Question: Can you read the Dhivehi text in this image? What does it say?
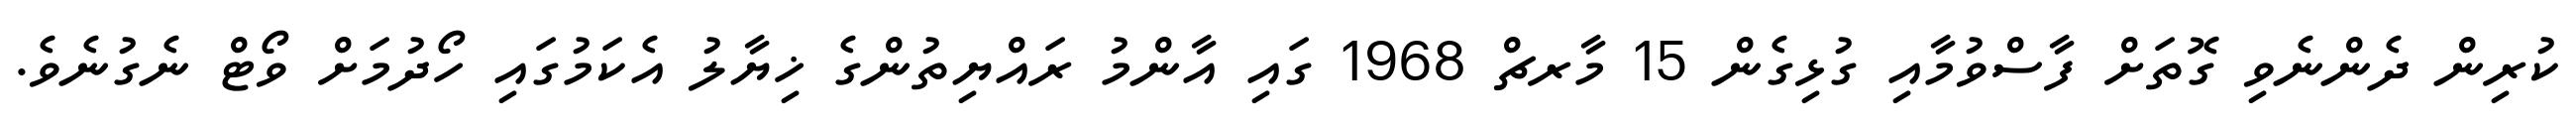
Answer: ކުރިން ދެންނެވި ގޮތަށް ފާސްވުމާއި ގުޅިގެން 15 މާރޗް 1968 ގައި އާންމު ރައްޔިތުންގެ ޚިޔާލު އެކަމުގައި ހޯދުމަށް ވޯޓް ނެގުނެވެ.